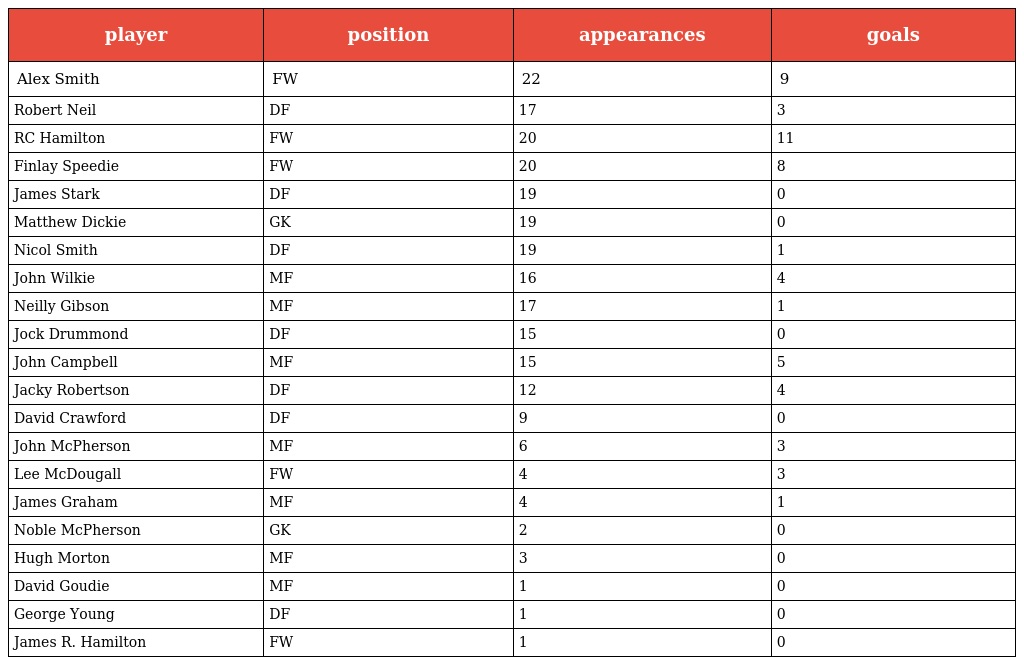
| player | position | appearances | goals |
 | --- | --- | --- | --- |
 | Alex Smith | FW | 22 | 9 |
 | Robert Neil | DF | 17 | 3 |
 | RC Hamilton | FW | 20 | 11 |
 | Finlay Speedie | FW | 20 | 8 |
 | James Stark | DF | 19 | 0 |
 | Matthew Dickie | GK | 19 | 0 |
 | Nicol Smith | DF | 19 | 1 |
 | John Wilkie | MF | 16 | 4 |
 | Neilly Gibson | MF | 17 | 1 |
 | Jock Drummond | DF | 15 | 0 |
 | John Campbell | MF | 15 | 5 |
 | Jacky Robertson | DF | 12 | 4 |
 | David Crawford | DF | 9 | 0 |
 | John McPherson | MF | 6 | 3 |
 | Lee McDougall | FW | 4 | 3 |
 | James Graham | MF | 4 | 1 |
 | Noble McPherson | GK | 2 | 0 |
 | Hugh Morton | MF | 3 | 0 |
 | David Goudie | MF | 1 | 0 |
 | George Young | DF | 1 | 0 |
 | James R. Hamilton | FW | 1 | 0 |